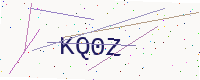
Text: KQ0Z